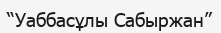
“Уаббасұлы Сабыржан”